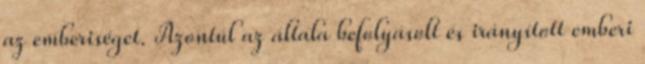
az emberiséget. Azontúl az általa befolyásolt és irányított emberi